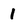
Character: 1